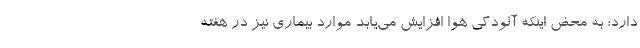
دارد؛ به محض اینکه آلودگی هوا افزایش می‌یابد موارد بیماری نیز در هفته